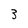
Character: 3